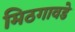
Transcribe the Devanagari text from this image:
मिठगावडे